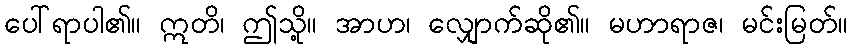
ပေါ်ရာပါ၏။ ဣတိ၊ ဤသို့။ အာဟ၊ လျှောက်ဆို၏။ မဟာရာဇ၊ မင်းမြတ်။